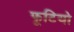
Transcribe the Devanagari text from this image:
फूटियो